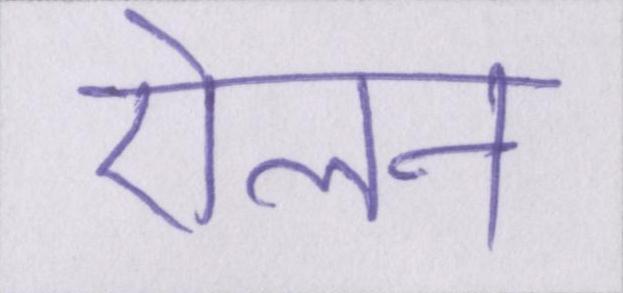
ऐलन